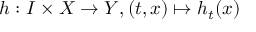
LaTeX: h : I \times X \to Y , ( t , x ) \mapsto h _ { t } ( x )